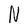
Character: N